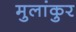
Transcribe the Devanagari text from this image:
मुलांकुर